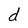
Character: d